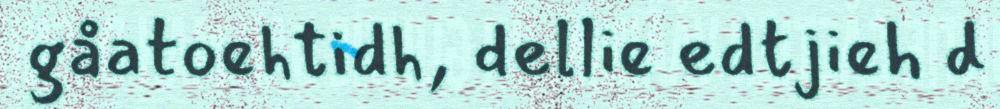
gåatoehtidh, dellie edtjieh d